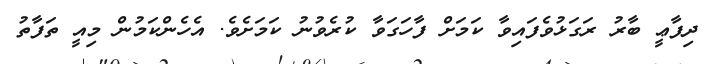
ދިފާޢީ ބާރު ރަގަޅުވެފައިވާ ކަމަށް ފާހަގަވާ ކުރެވުނު ކަމަށެވެ. އެހެންކަމުން މިއީ ތަފާތު